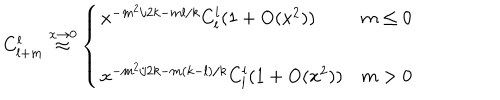
C _ { l + m } ^ { l } \stackrel { x \rightarrow 0 } { \approx } \left\{ \begin{array} { l c } { { x ^ { - m ^ { 2 } / 2 k - m l / k } C _ { l } ^ { l } ( 1 + \mathrm { O } ( x ^ { 2 } ) ) } } & { { m \leq 0 } } \\ { { x ^ { - m ^ { 2 } / 2 k - m ( k - l ) / k } C _ { l } ^ { l } ( 1 + \mathrm { O } ( x ^ { 2 } ) ) } } & { { m > 0 } } \\ \end{array} \right.